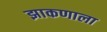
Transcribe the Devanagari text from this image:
झाकणाला